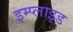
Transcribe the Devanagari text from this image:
इम्प्‍लाइड